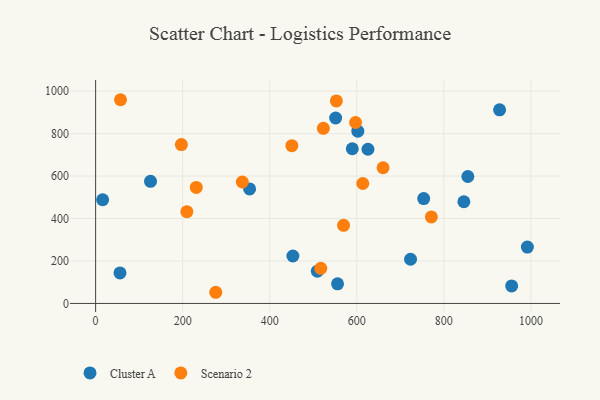
{"axis": {"x": "Distance", "y": "Exam Score"}, "legend": ["Cluster A", "Scenario 2"], "data": [{"x": "602.4", "y": 811.4, "type": "Cluster A"}, {"x": "928.1", "y": 912.2, "type": "Cluster A"}, {"x": "855.1", "y": 598.1, "type": "Cluster A"}, {"x": "353.8", "y": 539.7, "type": "Cluster A"}, {"x": "453.2", "y": 223.6, "type": "Cluster A"}, {"x": "555.8", "y": 92.4, "type": "Cluster A"}, {"x": "846.0", "y": 479.1, "type": "Cluster A"}, {"x": "126.1", "y": 575.3, "type": "Cluster A"}, {"x": "723.5", "y": 208.1, "type": "Cluster A"}, {"x": "753.7", "y": 493.9, "type": "Cluster A"}, {"x": "551.4", "y": 873.5, "type": "Cluster A"}, {"x": "16.1", "y": 488.5, "type": "Cluster A"}, {"x": "955.8", "y": 82.3, "type": "Cluster A"}, {"x": "56.0", "y": 143.9, "type": "Cluster A"}, {"x": "509.4", "y": 152.1, "type": "Cluster A"}, {"x": "625.7", "y": 726.5, "type": "Cluster A"}, {"x": "991.9", "y": 265.5, "type": "Cluster A"}, {"x": "589.7", "y": 728.7, "type": "Cluster A"}, {"x": "209.6", "y": 432.1, "type": "Scenario 2"}, {"x": "450.8", "y": 743.2, "type": "Scenario 2"}, {"x": "613.8", "y": 565.0, "type": "Scenario 2"}, {"x": "231.2", "y": 546.6, "type": "Scenario 2"}, {"x": "276.0", "y": 52.6, "type": "Scenario 2"}, {"x": "771.3", "y": 407.8, "type": "Scenario 2"}, {"x": "517.2", "y": 165.2, "type": "Scenario 2"}, {"x": "337.0", "y": 572.0, "type": "Scenario 2"}, {"x": "569.6", "y": 367.9, "type": "Scenario 2"}, {"x": "197.0", "y": 748.4, "type": "Scenario 2"}, {"x": "553.1", "y": 954.2, "type": "Scenario 2"}, {"x": "57.2", "y": 959.7, "type": "Scenario 2"}, {"x": "597.2", "y": 852.5, "type": "Scenario 2"}, {"x": "660.4", "y": 639.3, "type": "Scenario 2"}, {"x": "523.2", "y": 824.8, "type": "Scenario 2"}]}